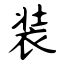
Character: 装